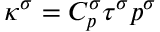
\kappa ^ { \sigma } = C _ { p } ^ { \sigma } \tau ^ { \sigma } p ^ { \sigma }